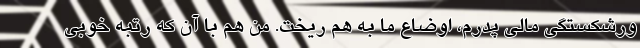
ورشکستگی مالی پدرم، اوضاع ما به هم ریخت. من هم با آن که رتبه خوبی